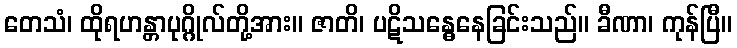
တေသံ၊ ထိုရဟန္တာပုဂ္ဂိုလ်တို့အား။ ဇာတိ၊ ပဋိသန္ဓေနေခြင်းသည်။ ခီဏာ၊ ကုန်ပြီ။